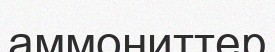
аммониттер